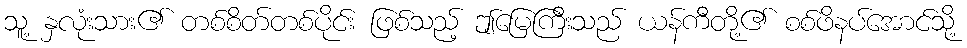
သူ့ နှလုံးသား၏ တစ်စိတ်တစ်ပိုင်း ဖြစ်သည့် ဤမြေကြီးသည် ယန်ကီတို့၏ စစ်ဖိနပ်အောင်သို့